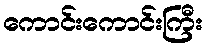
ကောင်းကောင်းကြီး